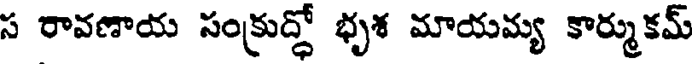
స రావణాయ సంక్రుద్ధో భృశ మాయమ్య కార్ముకమ్